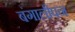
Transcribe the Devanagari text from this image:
बंगालीपन